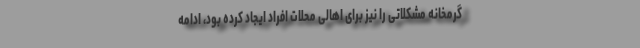
گرمخانه مشکلاتی را نیز برای اهالی محلات افراد ایجاد کرده بود، ادامه